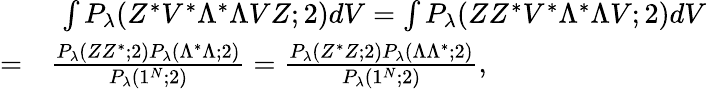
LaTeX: \begin{array}{rl}&{\ \int P_{\lambda}(Z^{*}V^{*}\Lambda^{*}\Lambda VZ;2)dV=\int P_{\lambda}(ZZ^{*}V^{*}\Lambda^{*}\Lambda V;2)dV}\\ {=}&{\frac{P_{\lambda}(ZZ^{*};2)P_{\lambda}(\Lambda^{*}\Lambda;2)}{P_{\lambda}(1^{N};2)}=\frac{P_{\lambda}(Z^{*}Z;2)P_{\lambda}(\Lambda\Lambda^{*};2)}{P_{\lambda}(1^{N};2)},}\end{array}